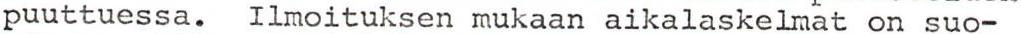
puuttuessa. Ilmoituksen mukaan aikalaskelmat on suo-